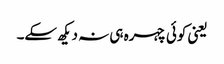
یعنی کوئی چہرہ ہی نہ دیکھ سکے۔